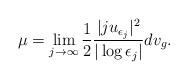
LaTeX: \begin{align*}\mu=\lim_{j\to \infty}\frac{1}{2}\frac{|ju_{\epsilon_j}|^2}{|\log\epsilon_j|}dv_g.\end{align*}